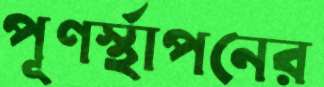
পূণর্স্থাপনের